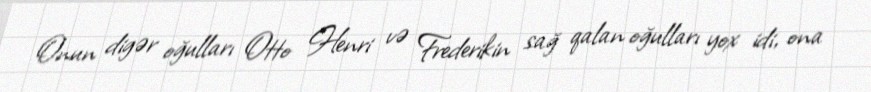
Onun digər oğulları Otto Henri və Frederikin sağ qalan oğulları yox idi, ona